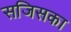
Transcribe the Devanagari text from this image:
सजिसका